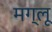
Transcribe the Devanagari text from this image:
मग्लू